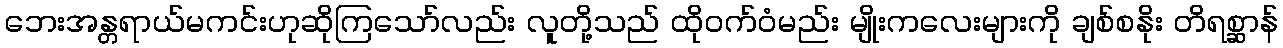
ဘေးအန္တရာယ်မကင်းဟုဆိုကြသော်လည်း လူတို့သည် ထိုဝက်ဝံမည်း မျိုးကလေးများကို ချစ်စနိုး တိရစ္ဆာန်